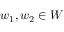
w _ { 1 } , w _ { 2 } \in W